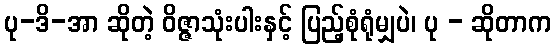
ပု-ဒိ-အာ ဆိုတဲ့ ဝိဇ္ဇာသုံးပါးနှင့် ပြည့်စုံရုံမျှပဲ၊ ပု - ဆိုတာက